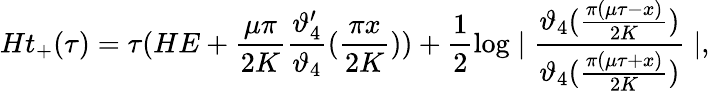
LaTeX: Ht_{+}(\tau)=\tau(HE+\frac{\mu\pi}{2K}\frac{\vartheta_{4}^{\prime}}{\vartheta_{4}}(\frac{\pi x}{2K}))+\frac{1}{2}\log\mid\frac{\vartheta_{4}(\frac{\pi(\mu\tau-x)}{2K})}{\vartheta_{4}(\frac{\pi(\mu\tau+x)}{2K})}\mid,